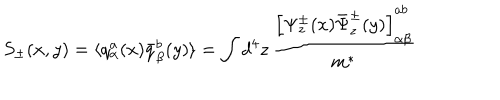
S _ { \pm } ( x , y ) = \langle q _ { \alpha } ^ { a } ( x ) { \bar { q } } _ { \beta } ^ { b } ( y ) \rangle = \int d ^ { 4 } z \, \frac { \left[ \Psi _ { z } ^ { \pm } ( x ) { \bar { \Psi } } _ { z } ^ { \pm } ( y ) \right] _ { \alpha \beta } ^ { a b } } { m ^ { * } }